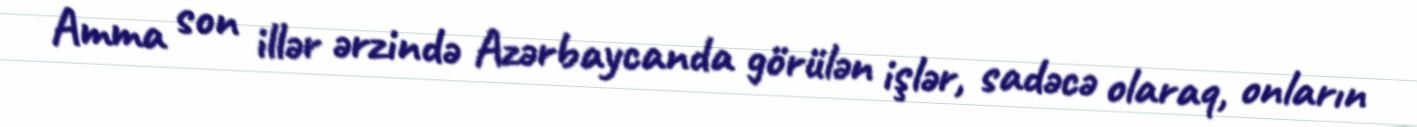
Amma son illər ərzində Azərbaycanda görülən işlər, sadəcə olaraq, onların